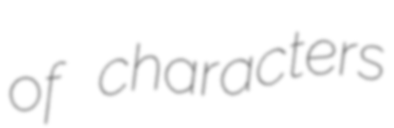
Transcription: of characters